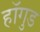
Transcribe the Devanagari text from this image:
हॉगुड